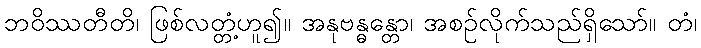
ဘဝိဿတီတိ၊ ဖြစ်လတ္တံ့ဟူ၍။ အနုဗန္ဓန္တော၊ အစဉ်လိုက်သည်ရှိသော်။ တံ၊